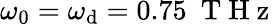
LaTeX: \omega_{0}=\omega_{\mathrm{d}}=0.75~\mathrm{{~T~H~z~}}